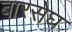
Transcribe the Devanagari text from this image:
बारसेघ